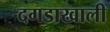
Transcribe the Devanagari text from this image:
दगडाखाली